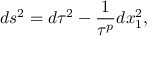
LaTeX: d s ^ { 2 } = d \tau ^ { 2 } - { \frac { 1 } { \tau ^ { p } } } d x _ { 1 } ^ { 2 } ,